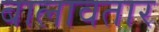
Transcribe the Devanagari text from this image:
बालावतार